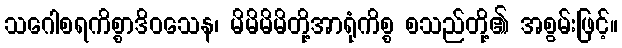
သဂေါစရကိစ္စာဒိဝသေန၊ မိမိမိမိတို့အာရုံကိစ္စ စသည်တို့၏ အစွမ်းဖြင့်။